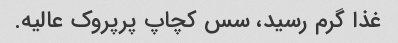
غذا گرم رسید، سس کچاپ پرپروک عالیه.